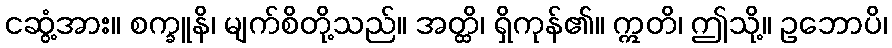
ငဆွံ့အား။ စက္ခူနိ၊ မျက်စိတို့သည်။ အတ္ထိ၊ ရှိကုန်၏။ ဣတိ၊ ဤသို့။ ဥဘောပိ၊